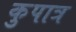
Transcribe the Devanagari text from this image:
कुपात्र